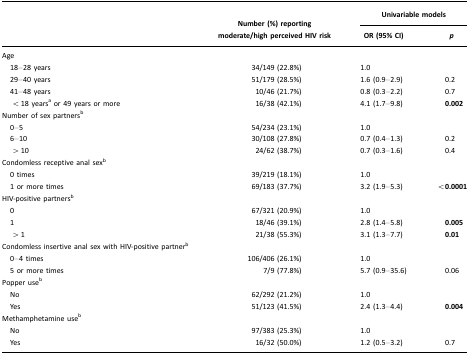
<table><thead><tr><td></td><td rowspan="3"><b>Number (%) reporting moderate/high perceived HIV risk</b></td><td colspan="2"><b>Univariable models</b></td></tr><tr><td></td><td><b>OR (95% CI)</b></td><td><b><i>p</i></b></td></tr></thead><tbody><tr><td>Age</td><td></td><td></td><td></td></tr><tr><td> 18–28 years</td><td>34/149 (22.8%)</td><td>1.0</td><td></td></tr><tr><td> 29–40 years</td><td>51/179 (28.5%)</td><td>1.6 (0.9–2.9)</td><td>0.2</td></tr><tr><td> 41–48 years</td><td>10/46 (21.7%)</td><td>0.8 (0.3–2.2)</td><td>0.7</td></tr><tr><td>&lt; 18 yearsa or 49 years or more</td><td>16/38 (42.1%)</td><td>4.1 (1.7–9.8)</td><td><b>0.002</b></td></tr><tr><td>Number of sex partnersb</td><td></td><td></td><td></td></tr><tr><td> 0–5</td><td>54/234 (23.1%)</td><td>1.0</td><td></td></tr><tr><td> 6–10</td><td>30/108 (27.8%)</td><td>0.7 (0.4–1.3)</td><td>0.2</td></tr><tr><td>&gt; 10</td><td>24/62 (38.7%)</td><td>0.7 (0.3–1.6)</td><td>0.4</td></tr><tr><td>Condomless receptive anal sexb</td><td></td><td></td><td></td></tr><tr><td> 0 times</td><td>39/219 (18.1%)</td><td>1.0</td><td></td></tr><tr><td> 1 or more times</td><td>69/183 (37.7%)</td><td>3.2 (1.9–5.3)</td><td>&lt;<b>0.0001</b></td></tr><tr><td>HIV-positive partnersb</td><td></td><td></td><td></td></tr><tr><td> 0</td><td>67/321 (20.9%)</td><td>1.0</td><td></td></tr><tr><td> 1</td><td>18/46 (39.1%)</td><td>2.8 (1.4–5.8)</td><td><b>0.005</b></td></tr><tr><td>&gt; 1</td><td>21/38 (55.3%)</td><td>3.1 (1.3–7.7)</td><td><b>0.01</b></td></tr><tr><td>Condomless insertive anal sex with HIV-positive partner<sup>b</sup></td><td></td><td></td><td></td></tr><tr><td> 0–4 times</td><td>106/406 (26.1%)</td><td>1.0</td><td></td></tr><tr><td> 5 or more times</td><td>7/9 (77.8%)</td><td>5.7 (0.9–35.6)</td><td>0.06</td></tr><tr><td>Popper useb</td><td></td><td></td><td></td></tr><tr><td> No</td><td>62/292 (21.2%)</td><td>1.0</td><td></td></tr><tr><td> Yes</td><td>51/123 (41.5%)</td><td>2.4 (1.3–4.4)</td><td><b>0.004</b></td></tr><tr><td>Methamphetamine useb</td><td></td><td></td><td></td></tr><tr><td> No</td><td>97/383 (25.3%)</td><td>1.0</td><td></td></tr><tr><td> Yes</td><td>16/32 (50.0%)</td><td>1.2 (0.5–3.2)</td><td>0.7</td></tr></tbody></table>